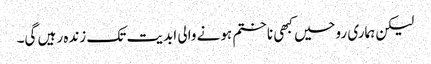
لیکن ہماری روحیں کبھی نا ختم ہونے والی ابدیت تک زندہ رہیں گی۔